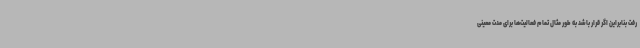
رفت بنابراین اگر قرار باشد به طور مثال تمام فعالیت‌ها برای مدت معینی